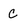
Character: c